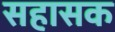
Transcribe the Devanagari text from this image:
सहासक